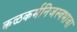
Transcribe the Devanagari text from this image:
कळकर्मनिजस्वभावा